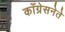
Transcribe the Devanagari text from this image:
काँग्रेसनेते